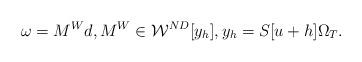
LaTeX: \begin{align*}\omega = M^W d , M^W\in\mathcal{W}^{ND}[y_h] , y_h = S[u+h] \Omega_T.\end{align*}